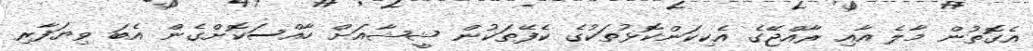
އެގޮތުން މާލެ އާއި ރާއްޖޭގެ އެކިކަންކޮޅުތަކުގެ ކެފޭތަކުން ޝީޝާއަށް ހާއްސަކޮށްގެން އެބަ ވިޔަފާރި